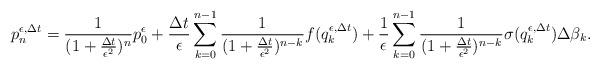
LaTeX: \begin{align*}p_n^{\epsilon,\Delta t}=\frac{1}{(1+\frac{\Delta t}{\epsilon^2})^n}p_0^{\epsilon}+\frac{\Delta t}{\epsilon}\sum_{k=0}^{n-1}\frac{1}{(1+\frac{\Delta t}{\epsilon^2})^{n-k}}f(q_k^{\epsilon,\Delta t})+\frac{1}{\epsilon}\sum_{k=0}^{n-1}\frac{1}{(1+\frac{\Delta t}{\epsilon^2})^{n-k}}\sigma(q_k^{\epsilon,\Delta t})\Delta\beta_k.\end{align*}